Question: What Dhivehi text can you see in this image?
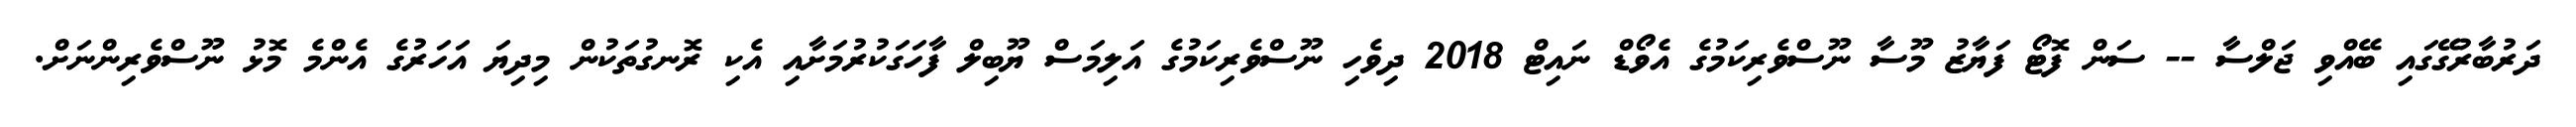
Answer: ދަރުބާރުގޭގައި ބޭއްވި ޖަލްސާ -- ސަން ފޮޓޯ ފަޔާޒު މޫސާ ނޫސްވެރިކަމުގެ އެވޯޑް ނައިޓް 2018 ދިވެހި ނޫސްވެރިކަމުގެ އަލިމަސް ޔޫބިލް ފާހަގަކުރުމަށާއި އެކި ރޮނގުތަކުން މިދިޔަ އަހަރުގެ އެންމެ މޮޅު ނޫސްވެރިންނަށް.